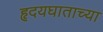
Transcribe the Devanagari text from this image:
हृदयघाताच्या